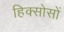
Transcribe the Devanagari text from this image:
हिक्सोसों